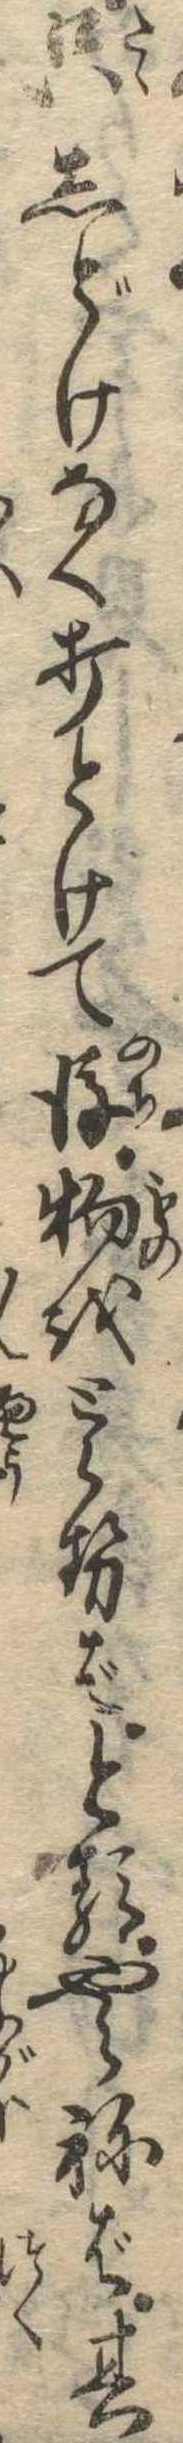
只しどけなく打とけて後物をとらせばとるやらねば其